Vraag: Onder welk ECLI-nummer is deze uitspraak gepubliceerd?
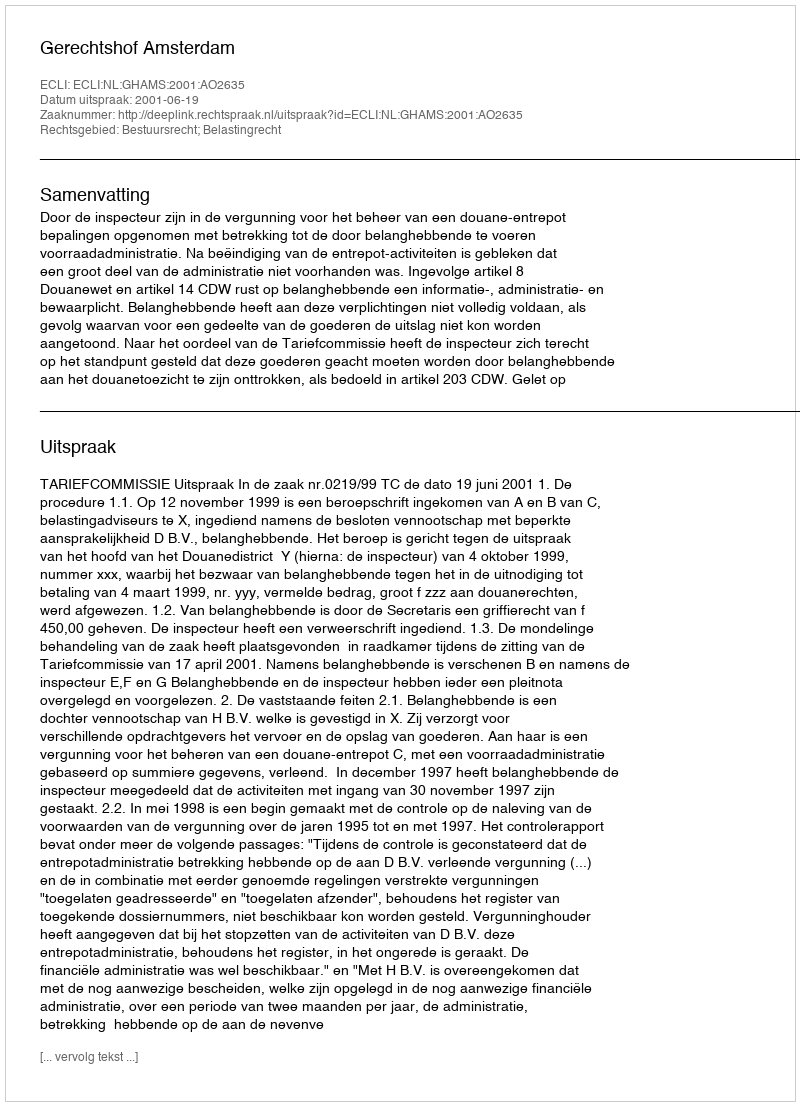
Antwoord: ECLI:NL:GHAMS:2001:AO2635